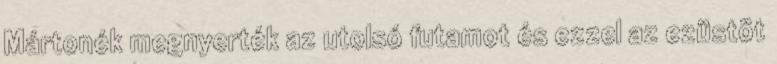
Mártonék megnyerték az utolsó futamot és ezzel az ezüstöt